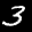
Label: 3